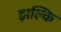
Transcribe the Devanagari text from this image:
झल्कि